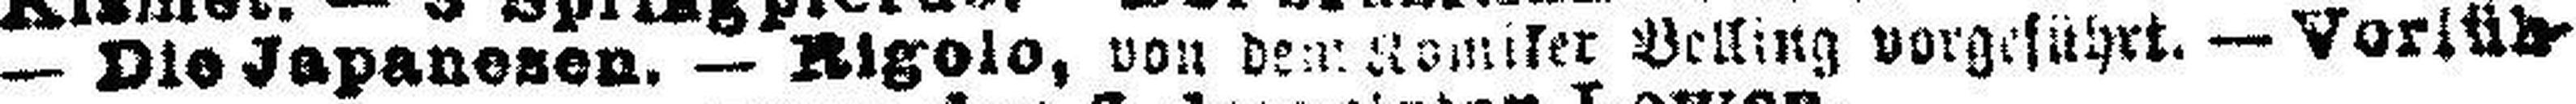
— Die Japanesen. — Rigolo, von dem komiker Belling vorgeführt. — Vorlüh¬